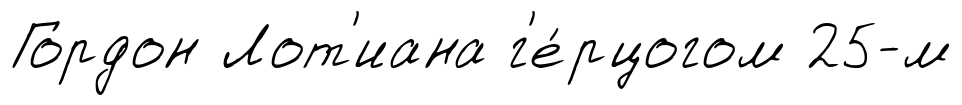
Гордон Лот'иана г'е́рцогом 25-м